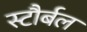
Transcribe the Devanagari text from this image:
स्टौर्बल